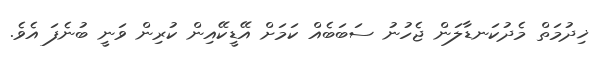
ޚިދުމަތް މެދުކަނޑާލަން ޖެހުނު ސަބަބެއް ކަމަށް އޭޑީކޭއިން ކުރިން ވަނީ ބުނެފަ އެވެ.